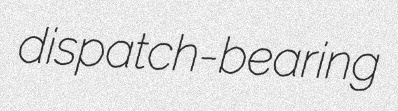
dispatch-bearing